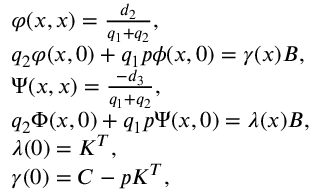
\begin{array} { r l } & { \varphi ( x , x ) = \frac { d _ { 2 } } { { q _ { 1 } } + { q _ { 2 } } } , } \\ & { { q _ { 2 } } \varphi ( x , 0 ) + { q _ { 1 } } p \phi ( x , 0 ) = { \gamma } ( x ) B , } \\ & { \Psi ( x , x ) = \frac { - d _ { 3 } } { { q _ { 1 } } + { q _ { 2 } } } , } \\ & { { q _ { 2 } } \Phi ( x , 0 ) + { q _ { 1 } } p \Psi ( x , 0 ) = \lambda ( x ) B , } \\ & { { \lambda ( 0 ) = K ^ { T } } , } \\ & { { { \gamma } ( 0 ) = C - p K ^ { T } } , } \end{array}